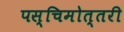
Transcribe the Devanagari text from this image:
पस्चिमोत्तरी